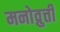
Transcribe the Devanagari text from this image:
मनोव्रुत्ती